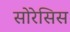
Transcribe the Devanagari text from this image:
सोरेसिस